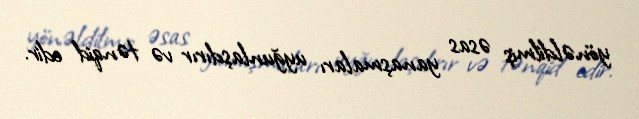
yönəldilmiş əsas yanaşmaları uyğunlaşdırır və tənqid edir.